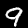
Label: 9